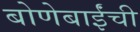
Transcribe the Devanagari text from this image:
बोणेबाईंची